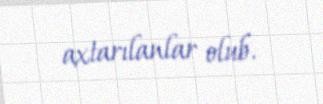
axtarılanlar olub.